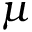
\mu